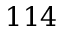
1 1 4